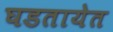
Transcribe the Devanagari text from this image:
घडतायेत